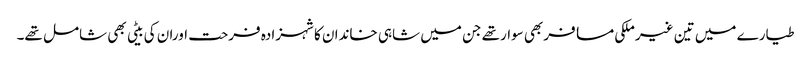
طیارے میں تین غیرملکی مسافربھی سوارتھے جن میں شاہی خاندان کاشہزادہ فرحت اوران کی بیٹی بھی شامل تھے۔